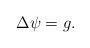
LaTeX: \begin{align*}\Delta \psi = g.\end{align*}